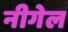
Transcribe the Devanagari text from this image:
नीगेल